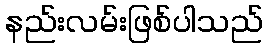
နည်းလမ်းဖြစ်ပါသည်